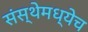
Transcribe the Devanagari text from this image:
संस्थेमध्येच